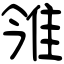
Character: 雂